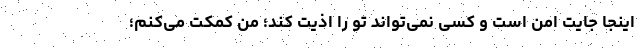
اینجا جایت امن است و کسی نمی‌تواند تو را اذیت کند؛ من کمکت می‌کنم؛